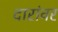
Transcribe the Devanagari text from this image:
दारांवर